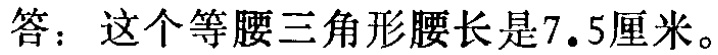
答：这个等腰三角形腰长是\(7.5\)厘米。